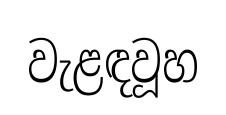
වැළඳවූහ